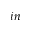
i n